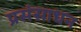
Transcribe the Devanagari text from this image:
प्रसंसाधन